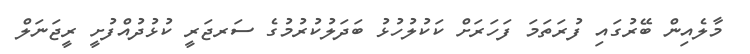
މާލެއިން ބޭރުގައި ފުރަތަމަ ފަހަރަށް ކަކުލުހުޅު ބަދަލުކުރުމުގެ ސަރޖަރީ ކުޅުދުއްފުށީ ރީޖަނަލް